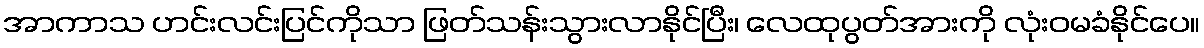
အာကာသ ဟင်းလင်းပြင်ကိုသာ ဖြတ်သန်းသွားလာနိုင်ပြီး၊ လေထုပွတ်အားကို လုံးဝမခံနိုင်ပေ။